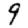
Digit: 9